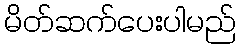
မိတ်ဆက်ပေးပါမည်